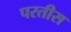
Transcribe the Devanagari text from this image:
परतीस